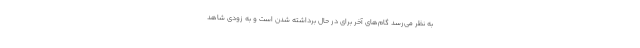
به نظر می‌رسد گام‌های آخر برای در حال برداشته شدن است و به زودی شاهد